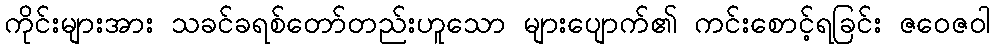
ကိုင်းများအား သခင်ခရစ်တော်တည်းဟူသော များပျောက်၏ ကင်းစောင့်ရခြင်း ဇဝေဇဝါ